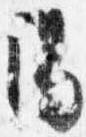
陽